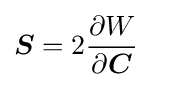
{\boldsymbol {S}}=2{\frac {\partial W}{\partial {\boldsymbol {C}}}}\quad